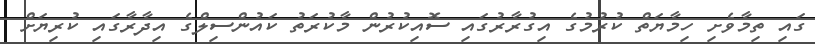
ގައި ތިމާވެށި ހިމާޔަތް ކުރުމުގެ އިގުރާރުގައި ސޮއިކުރުން މާކުރަތު ކައުންސިލްގެ އިދާރާގައި ކުރިޔަށް